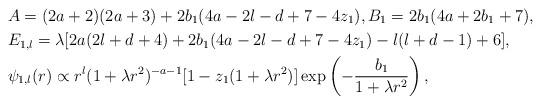
LaTeX: \begin{align*} &A = (2a+2)(2a+3) +2b_1(4a-2l-d+7-4z_1), B_1 = 2b_1(4a+2b_1+7), \\ &E_{1,l} = \lambda [2a(2l+d+4) + 2b_1(4a-2l-d+7-4z_1) - l(l+d-1) + 6], \\ &\psi_{1,l}(r) \propto r^l (1+\lambda r^2)^{-a-1} [1 - z_1(1+\lambda r^2)] \exp\left(- \frac{b_1}{1+\lambda r^2}\right),\end{align*}